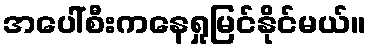
အပေါ်စီးကနေရှုမြင်နိုင်မယ်။